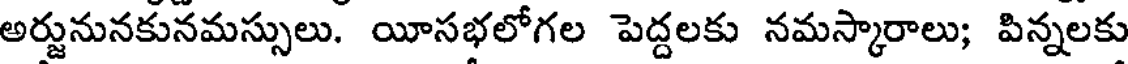
అర్జునునకునమస్సులు. యీసభలోగల పెద్దలకు నమస్కారాలు; పిన్నలకు